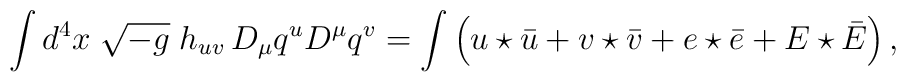
\int d^4 x \;\sqrt{-g}\; h_{uv}  \, D_{\mu} q^u D^\mu q^v =  \int \left( u \star \bar u + v \star \bar v + e \star \bar e + E \star \bar E \right),